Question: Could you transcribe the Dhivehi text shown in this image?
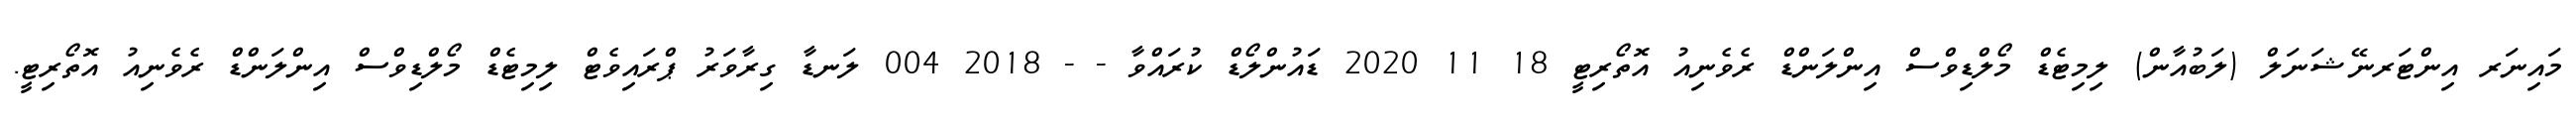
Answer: މައިނަރ އިންޓަރނޭޝަނަލް (ލަބުއާން) ލިމިޓެޑް މޯލްޑިވްސް އިންލަންޑް ރެވެނިއު އޮތޯރިޓީ 18 11 2020 ޑައުންލޯޑް ކުރައްވާ - - 2018 004 ލަނޑާ ގިރާވަރު ޕްރައިވެޓް ލިމިޓެޑް މޯލްޑިވްސް އިންލަންޑް ރެވެނިއު އޮތޯރިޓީ.